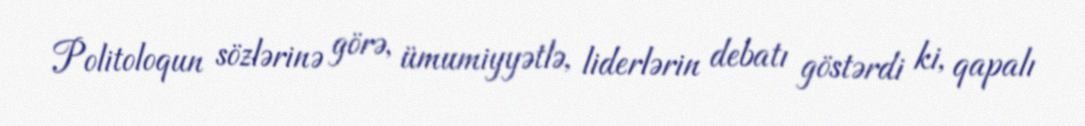
Politoloqun sözlərinə görə, ümumiyyətlə, liderlərin debatı göstərdi ki, qapalı